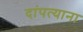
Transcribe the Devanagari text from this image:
दांपत्याना